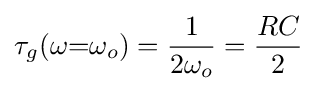
\tau _{g}(\omega {=}\omega _{o})={\frac {1}{2\omega _{o}}}={\frac {RC}{2}}